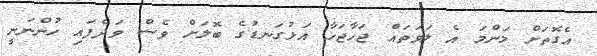
އެގޮތަށް މަންމަ އެ ލަވަތައް ޖަހާޖަހާ އަޅުގަނޑުގެ ބޮލަށް ވެސް ވަދެފައި ހުންނަނީ